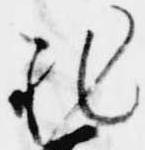
非